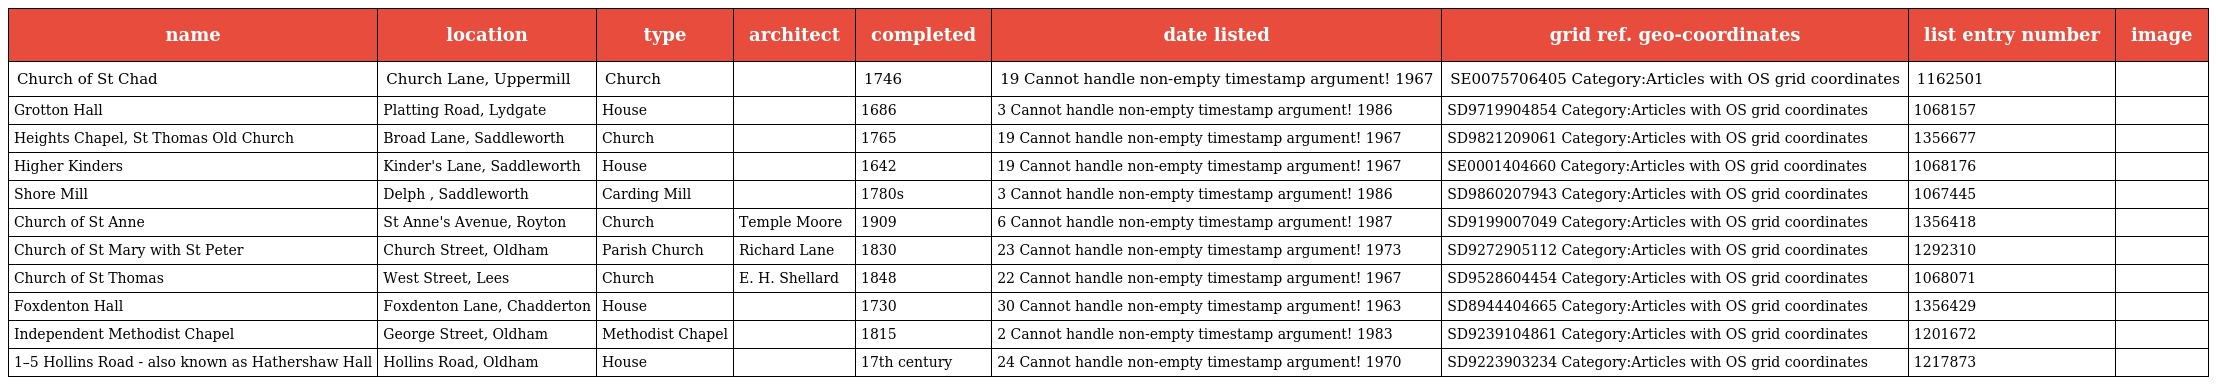
| name | location | type | architect | completed | date listed | grid ref. geo-coordinates | list entry number | image |
 | --- | --- | --- | --- | --- | --- | --- | --- | --- |
 | Church of St Chad | Church Lane, Uppermill | Church |  | 1746 | 19 Cannot handle non-empty timestamp argument! 1967 | SE0075706405 Category:Articles with OS grid coordinates | 1162501 |  |
 | Grotton Hall | Platting Road, Lydgate | House |  | 1686 | 3 Cannot handle non-empty timestamp argument! 1986 | SD9719904854 Category:Articles with OS grid coordinates | 1068157 |  |
 | Heights Chapel, St Thomas Old Church | Broad Lane, Saddleworth | Church |  | 1765 | 19 Cannot handle non-empty timestamp argument! 1967 | SD9821209061 Category:Articles with OS grid coordinates | 1356677 |  |
 | Higher Kinders | Kinder's Lane, Saddleworth | House |  | 1642 | 19 Cannot handle non-empty timestamp argument! 1967 | SE0001404660 Category:Articles with OS grid coordinates | 1068176 |  |
 | Shore Mill | Delph , Saddleworth | Carding Mill |  | 1780s | 3 Cannot handle non-empty timestamp argument! 1986 | SD9860207943 Category:Articles with OS grid coordinates | 1067445 |  |
 | Church of St Anne | St Anne's Avenue, Royton | Church | Temple Moore | 1909 | 6 Cannot handle non-empty timestamp argument! 1987 | SD9199007049 Category:Articles with OS grid coordinates | 1356418 |  |
 | Church of St Mary with St Peter | Church Street, Oldham | Parish Church | Richard Lane | 1830 | 23 Cannot handle non-empty timestamp argument! 1973 | SD9272905112 Category:Articles with OS grid coordinates | 1292310 |  |
 | Church of St Thomas | West Street, Lees | Church | E. H. Shellard | 1848 | 22 Cannot handle non-empty timestamp argument! 1967 | SD9528604454 Category:Articles with OS grid coordinates | 1068071 |  |
 | Foxdenton Hall | Foxdenton Lane, Chadderton | House |  | 1730 | 30 Cannot handle non-empty timestamp argument! 1963 | SD8944404665 Category:Articles with OS grid coordinates | 1356429 |  |
 | Independent Methodist Chapel | George Street, Oldham | Methodist Chapel |  | 1815 | 2 Cannot handle non-empty timestamp argument! 1983 | SD9239104861 Category:Articles with OS grid coordinates | 1201672 |  |
 | 1–5 Ηοllins Road - also known as Hathershaw Hall | Hollins Road, Oldham | House |  | 17th century | 24 Cannot handle non-empty timestamp argument! 1970 | SD9223903234 Category:Articles with OS grid coordinates | 1217873 |  |